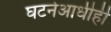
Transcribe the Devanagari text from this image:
घटनेआधीही